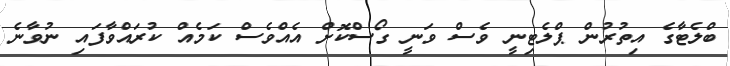
ބްލެޓާގެ އިތުރުން ޕްލެޓިނީ ވެސް ވަނީ ގޯސްކޮށް އެއްވެސް ކަމެއް ކުރައްވާފައި ނުވާނެ